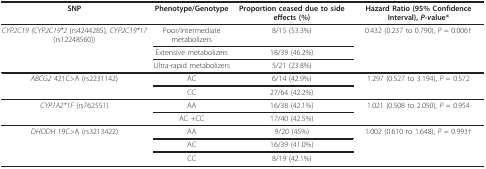
| SNP | Phenotype/Genotype | Proportion ceased due to side effects (%) | Hazard Ratio (95% Confidence Interval), P-value* |
 | --- | --- | --- | --- |
 | CYP2C19 (CYP2C19*2 (rs4244285), CYP2C19*17 (rs12248560)) | Poor/Intermediate metabolizers | 8/15 (53.3%) | 0.432 (0.237 to 0.790), P = 0.006† |
 |  | Extensive metabolizers | 18/39 (46.2%) |  |
 |  | Ultra-rapid metabolizers | 5/21 (23.8%) |  |
 | ABCG2 421C>A (rs2231142) | AC | 6/14 (42.9%) | 1.297 (0.527 to 3.194), P = 0.572 |
 |  | CC | 27/64 (42.2%) |  |
 | CYP1A2*1F (rs762551) | AA | 16/38 (42.1%) | 1.021 (0.508 to 2.050), P = 0.954 |
 |  | AC +CC | 17/40 (42.5%) |  |
 | DHODH 19C>A (rs3213422) | AA | 9/20 (45%) | 1.002 (0.610 to 1.648), P = 0.993† |
 |  | AC | 16/39 (41.0%) |  |
 |  | CC | 8/19 (42.1%) |  |